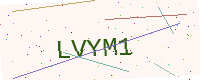
Text: LVYM1